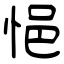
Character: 悒